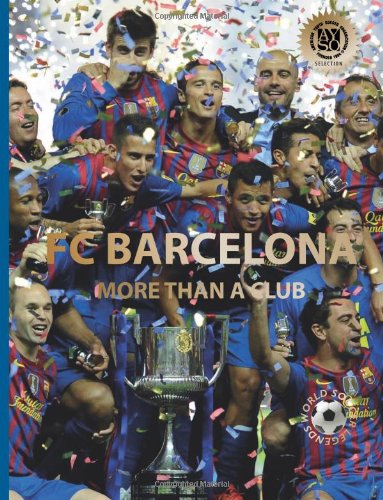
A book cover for FC Barcelona (World Soccer Legends); Illugi JÃ¶kulsson; Children's Books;